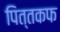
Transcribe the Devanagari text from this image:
पित्तकफ